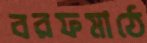
বরফমাঠে